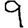
Digit: 9